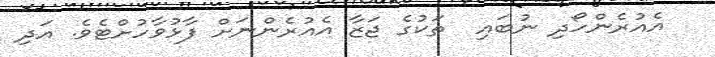
އެއުރެންހޯދި ނުބައި  ތަކުގެ ޖަޒާ އެއުރެންނަށް ފާޅުވާހުށްޓެވެ. އަދި